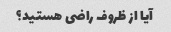
آیا از ظروف راضی هستید؟